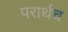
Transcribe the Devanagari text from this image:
परार्थच